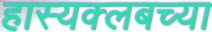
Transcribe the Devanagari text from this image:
हास्यक्लबच्या